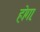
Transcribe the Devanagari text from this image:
होगा़